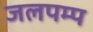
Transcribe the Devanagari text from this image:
जलपम्प